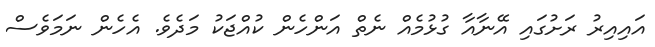
އައިއިރު ރަށުގައި އޭނާއާ ގުޅުމެއް ނެތް އަންހެން ކުއްޖަކު މަދެވެ. އެހެން ނަމަވެސް